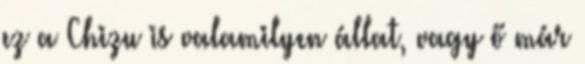
ez a Chizu is valamilyen állat, vagy ő már